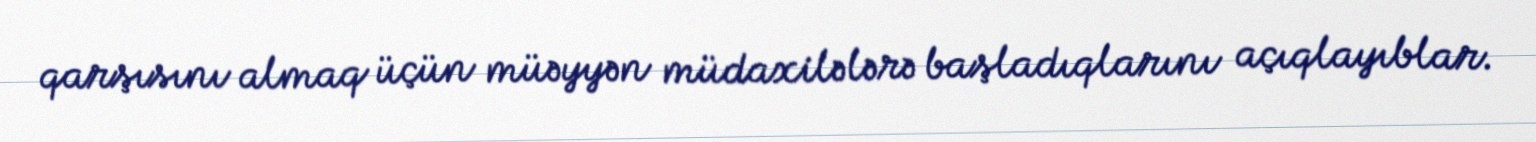
qarşısını almaq üçün müəyyən müdaxilələrə başladıqlarını açıqlayıblar.